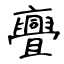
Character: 亹